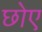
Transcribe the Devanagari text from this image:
छोए